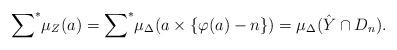
LaTeX: \begin{align*} {\sum}^*\mu_Z(a)={\sum}^*\mu_\Delta(a\times\{\varphi(a)-n\})=\mu_\Delta(\hat Y\cap D_n). \end{align*}